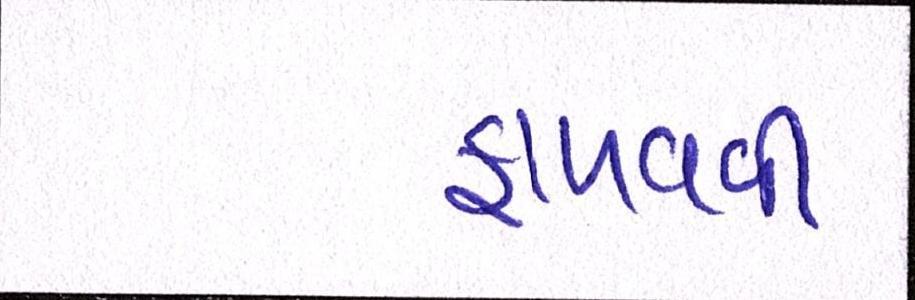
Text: ફાળવવી